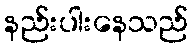
နည်းပါးနေသည်